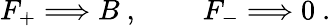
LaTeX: F_{+}\Longrightarrow B\ ,\qquad\ F_{-}\Longrightarrow 0\ .